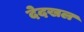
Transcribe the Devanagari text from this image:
देदखल